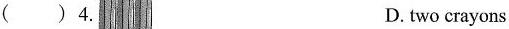
() 4. D. two crayons